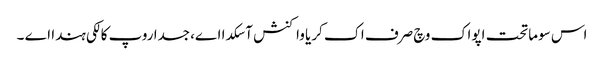
اس سوماتحت اپواک وچ صرف اک کریا واکنش آ سکدا اے، جسدا روپ کالکی ہندا اے ۔